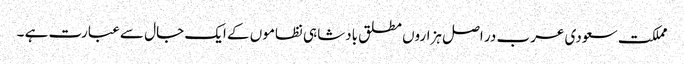
مملکت سعودی عرب در اصل ہزاروں مطلق بادشاہی نظاموں کے ایک جال سے عبارت ہے ۔